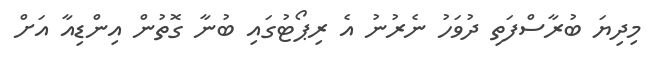
މިދިޔަ ބުރާސްފަތި ދުވަހު ނެރުނު އެ ރިޕޯޓުގައި ބުނާ ގޮތުން އިންޑިއާ އަށް